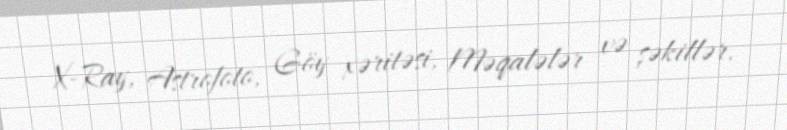
X-Ray, Astrofoto, Göy xəritəsi, Məqalələr və şəkillər.